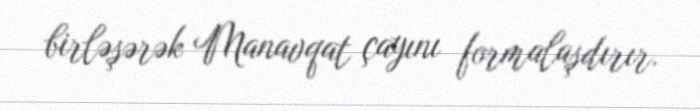
birləşərək Manavqat çayını formalaşdırır.